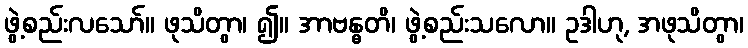
ဖွဲ့စည်းလသော်။ ဖုသိတွာ၊ ၍။ အာဗန္ဓတိ၊ ဖွဲ့စည်းသလော။ ဥဒါဟု, အဖုသိတွာ၊